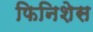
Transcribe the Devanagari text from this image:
फिनिशेस